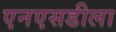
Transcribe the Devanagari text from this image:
एनएसडीला